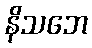
နိသဘေ